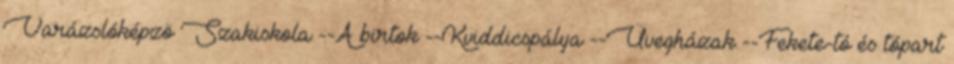
Varázslóképzö Szakiskola --A birtok --Kviddicspálya --Üvegházak --Fekete-tó és tópart